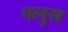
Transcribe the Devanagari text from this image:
मलुस